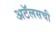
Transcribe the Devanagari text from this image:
अटॅलसची